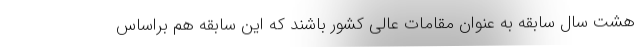
هشت سال سابقه به عنوان مقامات عالی کشور باشند که این سابقه هم براساس